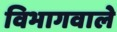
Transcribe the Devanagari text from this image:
विभागवाले